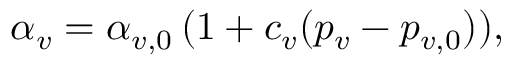
\alpha _ { v } = \alpha _ { v , 0 } \, ( 1 + c _ { v } ( p _ { v } - p _ { v , 0 } ) ) ,